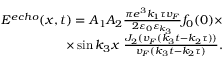
\begin{array} { r } { E ^ { e c h o } ( x , t ) = A _ { 1 } A _ { 2 } \frac { \pi e ^ { 3 } k _ { 1 } \tau v _ { F } } { 2 \varepsilon _ { 0 } \varepsilon _ { k _ { 3 } } } f _ { 0 } ( 0 ) \times } \\ { \times \sin k _ { 3 } x \ \frac { J _ { 2 } ( v _ { F } ( k _ { 3 } t - k _ { 2 } \tau ) ) } { v _ { F } ( k _ { 3 } t - k _ { 2 } \tau ) } . } \end{array}